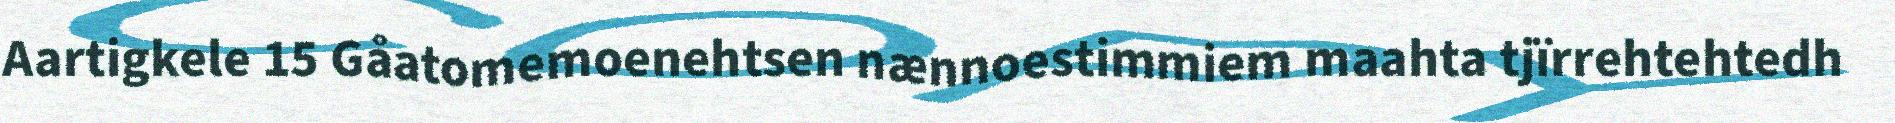
Aartigkele 15 Gåatomemoenehtsen nænnoestimmiem maahta tjïrrehtehtedh